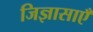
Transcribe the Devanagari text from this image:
जिज्ञासाएँ